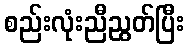
စည်းလုံးညီညွတ်ပြီး